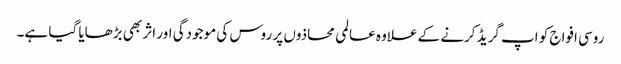
روسی افواج کو اپ گریڈ کرنے کے علاوہ عالمی محاذوں پر روس کی موجودگی اور اثر بھی بڑھایا گیا ہے۔